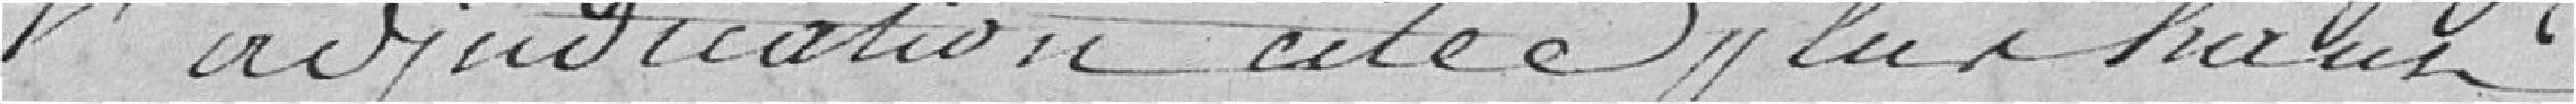
l'adjudication citée plus haut .